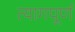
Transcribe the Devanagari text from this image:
त्यागपूर्ण